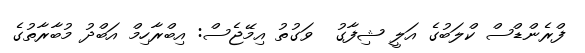
ފްރެންޑްސް ކްލަބުގެ އަލީ ޝިފާގު  ވަގުތު އިމޭޖެސް: އިބްރާހިމް އަބްދު މުބާރާތުގެ